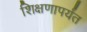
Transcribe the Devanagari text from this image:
शिक्षणापर्यंत